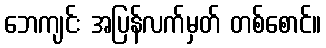
ဘေကျင်း အပြန်လက်မှတ် တစ်စောင်။